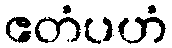
ဧတံပဟံ